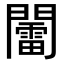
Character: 𨷏